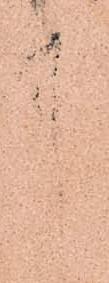
中